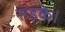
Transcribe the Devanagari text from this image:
सड़के।